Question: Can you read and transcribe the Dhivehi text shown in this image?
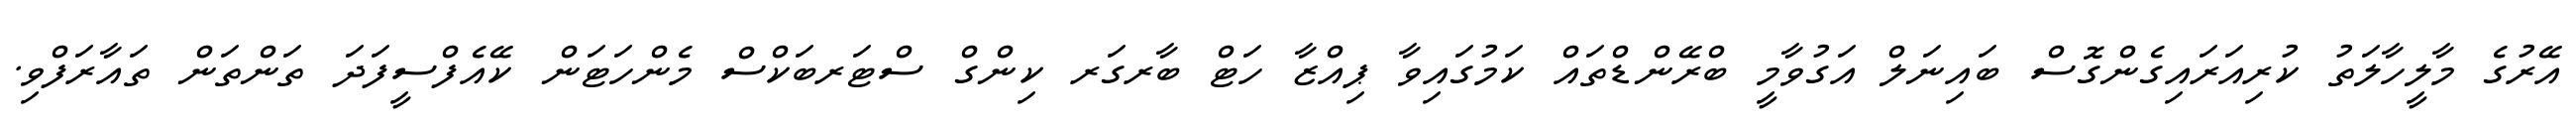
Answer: އޭރުގެ މާލީހާލަތު ކުރިއަރައިގެންގޮސް ބައިނަލް އަގުވާމީ ބްރޭންޑްތައް ކަމުގައިވާ ޕިއްޒާ ހަޓް ބާރގަރ ކިންގް ސްޓަރބަކްސް މެންހަޓަން ކޭއެފްސީފަދަ ތަންތަން ތައާރަފްވި.